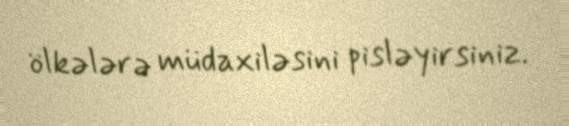
ölkələrə müdaxiləsini pisləyirsiniz.